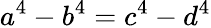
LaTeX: a^{4}-b^{4}=c^{4}-d^{4}